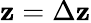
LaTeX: \mathbf{z}=\Delta\mathbf{z}